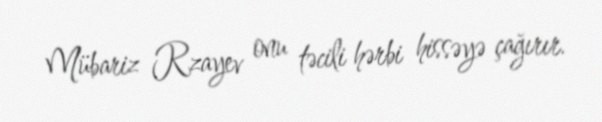
Mübariz Rzayev onu təcili hərbi hissəyə çağırır.